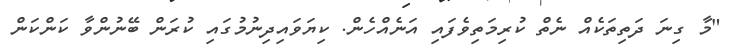
"މާ ގިނަ ދަތިތަކެއް ނެތް ކުރިމަތިވެފައި އަނެއްހެން. ކިޔަވައިދިނުމުގައި ކުރަން ބޭނުންވާ ކަންކަން